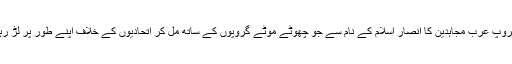
تیسرا گروپ عرب مجاہدین کا انصار اسلام کے نام سے جو چھوٹے موٹے گروپوں کے ساتھ مل کر اتحادیوں کے خلاف اپنے طور پر لڑ رہے ہیں۔